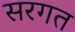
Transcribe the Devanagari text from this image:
सरगत